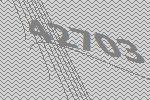
42703